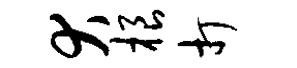
犬根打